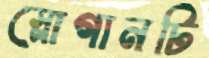
স্লোগানটি